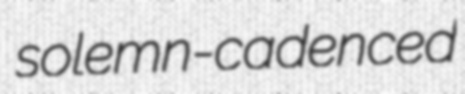
solemn-cadenced